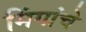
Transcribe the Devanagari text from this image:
मिंगांचे